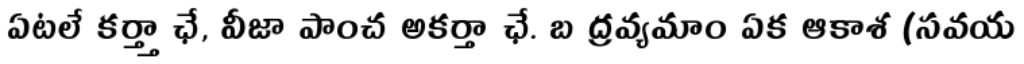
ఏటలే కర్త్తా ఛే, వీజా పాంచ అకర్తా ఛే. బ ద్రవ్యమాం ఏక ఆకాశ (సవయ